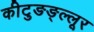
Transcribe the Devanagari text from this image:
कीटुङङ्ल्लूर